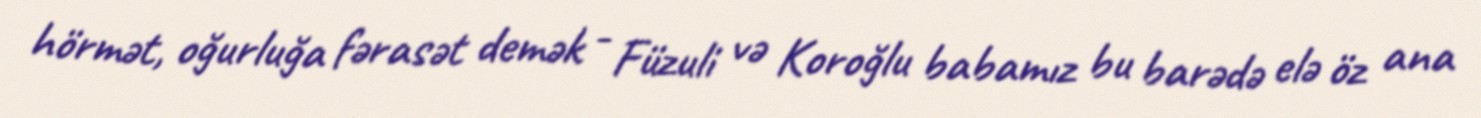
hörmət, oğurluğa fərasət demək - Füzuli və Koroğlu babamız bu barədə elə öz ana